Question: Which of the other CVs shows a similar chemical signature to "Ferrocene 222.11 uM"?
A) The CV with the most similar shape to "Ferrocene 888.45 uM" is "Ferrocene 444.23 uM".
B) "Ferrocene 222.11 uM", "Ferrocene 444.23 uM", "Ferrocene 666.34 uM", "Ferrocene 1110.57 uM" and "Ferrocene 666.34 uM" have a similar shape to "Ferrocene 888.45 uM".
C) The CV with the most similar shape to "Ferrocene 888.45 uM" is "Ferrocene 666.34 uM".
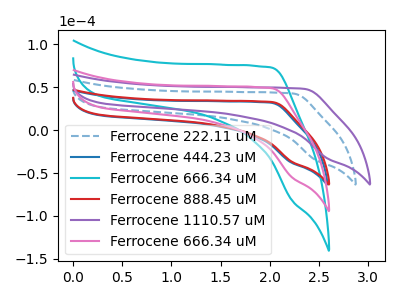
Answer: <think>The blue dashed curve "Ferrocene 222.11 uM" has no peaks. The blue curve "Ferrocene 444.23 uM" has no peaks. The cyan curve "Ferrocene 666.34 uM" has no peaks. The red curve "Ferrocene 888.45 uM" has no peaks. The purple curve "Ferrocene 1110.57 uM" has no peaks. The pink curve "Ferrocene 666.34 uM" has no peaks.
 Neither "Ferrocene 222.11 uM" or "Ferrocene 444.23 uM" have any peaks. Neither "Ferrocene 222.11 uM" or "Ferrocene 666.34 uM" have any peaks. Neither "Ferrocene 222.11 uM" or "Ferrocene 888.45 uM" have any peaks. Neither "Ferrocene 222.11 uM" or "Ferrocene 1110.57 uM" have any peaks. Neither "Ferrocene 222.11 uM" or "Ferrocene 666.34 uM" have any peaks. Neither "Ferrocene 444.23 uM" or "Ferrocene 666.34 uM" have any peaks. Neither "Ferrocene 444.23 uM" or "Ferrocene 888.45 uM" have any peaks. Neither "Ferrocene 444.23 uM" or "Ferrocene 1110.57 uM" have any peaks. Neither "Ferrocene 444.23 uM" or "Ferrocene 666.34 uM" have any peaks. Neither "Ferrocene 666.34 uM" or "Ferrocene 888.45 uM" have any peaks. Neither "Ferrocene 666.34 uM" or "Ferrocene 1110.57 uM" have any peaks. Neither "Ferrocene 666.34 uM" or "Ferrocene 666.34 uM" have any peaks. Neither "Ferrocene 888.45 uM" or "Ferrocene 1110.57 uM" have any peaks. Neither "Ferrocene 888.45 uM" or "Ferrocene 666.34 uM" have any peaks. Neither "Ferrocene 1110.57 uM" or "Ferrocene 666.34 uM" have any peaks.</think>
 <answer>B) "Ferrocene 222.11 uM", "Ferrocene 444.23 uM", "Ferrocene 666.34 uM", "Ferrocene 1110.57 uM" and "Ferrocene 666.34 uM" have a similar shape to "Ferrocene 888.45 uM".</answer>
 <eval>B</eval>